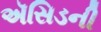
ઍસિડની